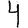
Digit: 4